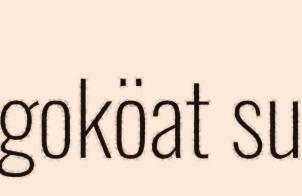
goköat su